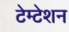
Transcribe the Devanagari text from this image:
टेम्टेशन